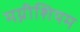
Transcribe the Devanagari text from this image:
मग्नीशियम